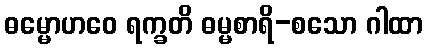
ဓမ္မောဟဝေ ရက္ခတိ ဓမ္မစာရိ-စသော ဂါထာ